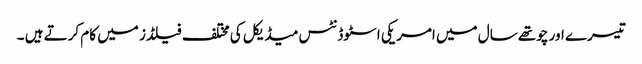
تیسرے اور چوتھے سال میں امریکی اسٹوڈنٹس میڈیکل کی مختلف فیلڈز میں کام کرتے ہیں ۔